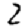
Digit: 2